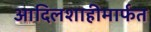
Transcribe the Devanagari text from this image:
आदिलशाहीमार्फत